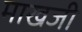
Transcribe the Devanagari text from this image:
माखजी